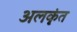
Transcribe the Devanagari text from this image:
अलकृंत